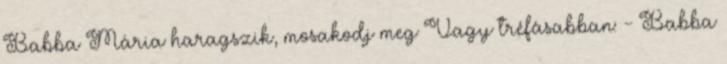
Babba Mária haragszik, mosakodj meg Vagy tréfásabban: - Babba